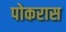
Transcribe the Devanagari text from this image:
पोकरास